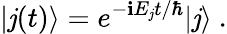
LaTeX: |\mathit{j}(t)\rangle=e^{-\mathbf{i}E_{\mathit{j}}t/\hbar}|\mathit{j}\rangle~.